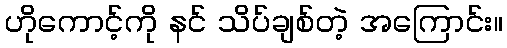
ဟိုကောင့်ကို နင် သိပ်ချစ်တဲ့ အကြောင်း။